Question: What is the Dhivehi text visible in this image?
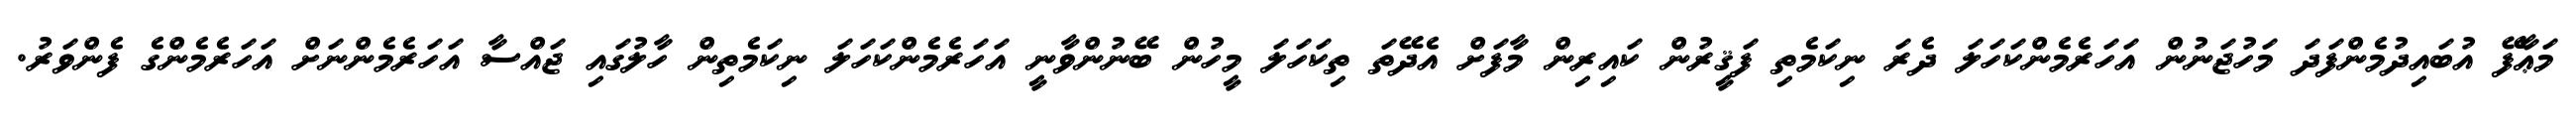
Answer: މަޢާފޭ އުބައިދުމެންފަދަ މަހުޖަނުން އަހަރެމެންކަހަލަ ދެރަ ނިކަމެތި ފަޤީރުން ކައިރިން މާފަށް އެދޭތަ ތިކަހަލަ މީހުން ބޭނުންވާނީ އަހަރެމެންކަހަލަ ނިކަމެތިން ހާލުގައި ޖައްސާ އަހަރެމެންނަށް އަހަރެމެންގެ ފެންވަރު.